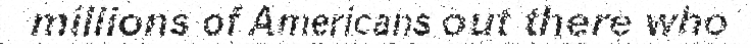
millions of Americans out there who